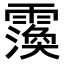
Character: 𮦲